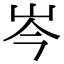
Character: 岑